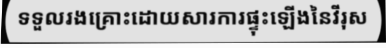
ទទួលរងគ្រោះដោយសារការផ្ទុះឡើងនៃវីរុស